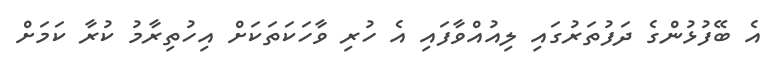
އެ ބޭފުޅުންގެ ދަފުތަރުގައި ލިއުއްވާފައި އެ ހުރި ވާހަކަތަކަށް އިހުތިރާމު ކުރާ ކަމަށް